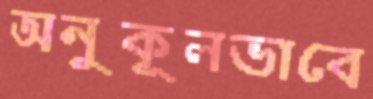
অনুকূলভাবে